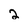
Character: 2